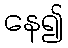
နေ၍